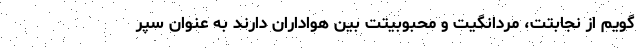
گویم از نجابتت، مردانگیت و محبوبیتت بین هواداران دارند به عنوان سپر